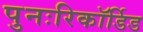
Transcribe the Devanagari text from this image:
पुनःरिकॉर्डिड